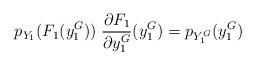
LaTeX: \begin{align*}p_{Y_1}(F_1(y^G_1)) \; \frac{\partial F_1}{\partial y^G_1}(y^G_1) = p_{Y^G_1}(y^G_1)\end{align*}